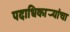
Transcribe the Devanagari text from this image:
पदाधिकार्‍यांचा